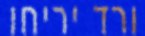
ורד יריחו